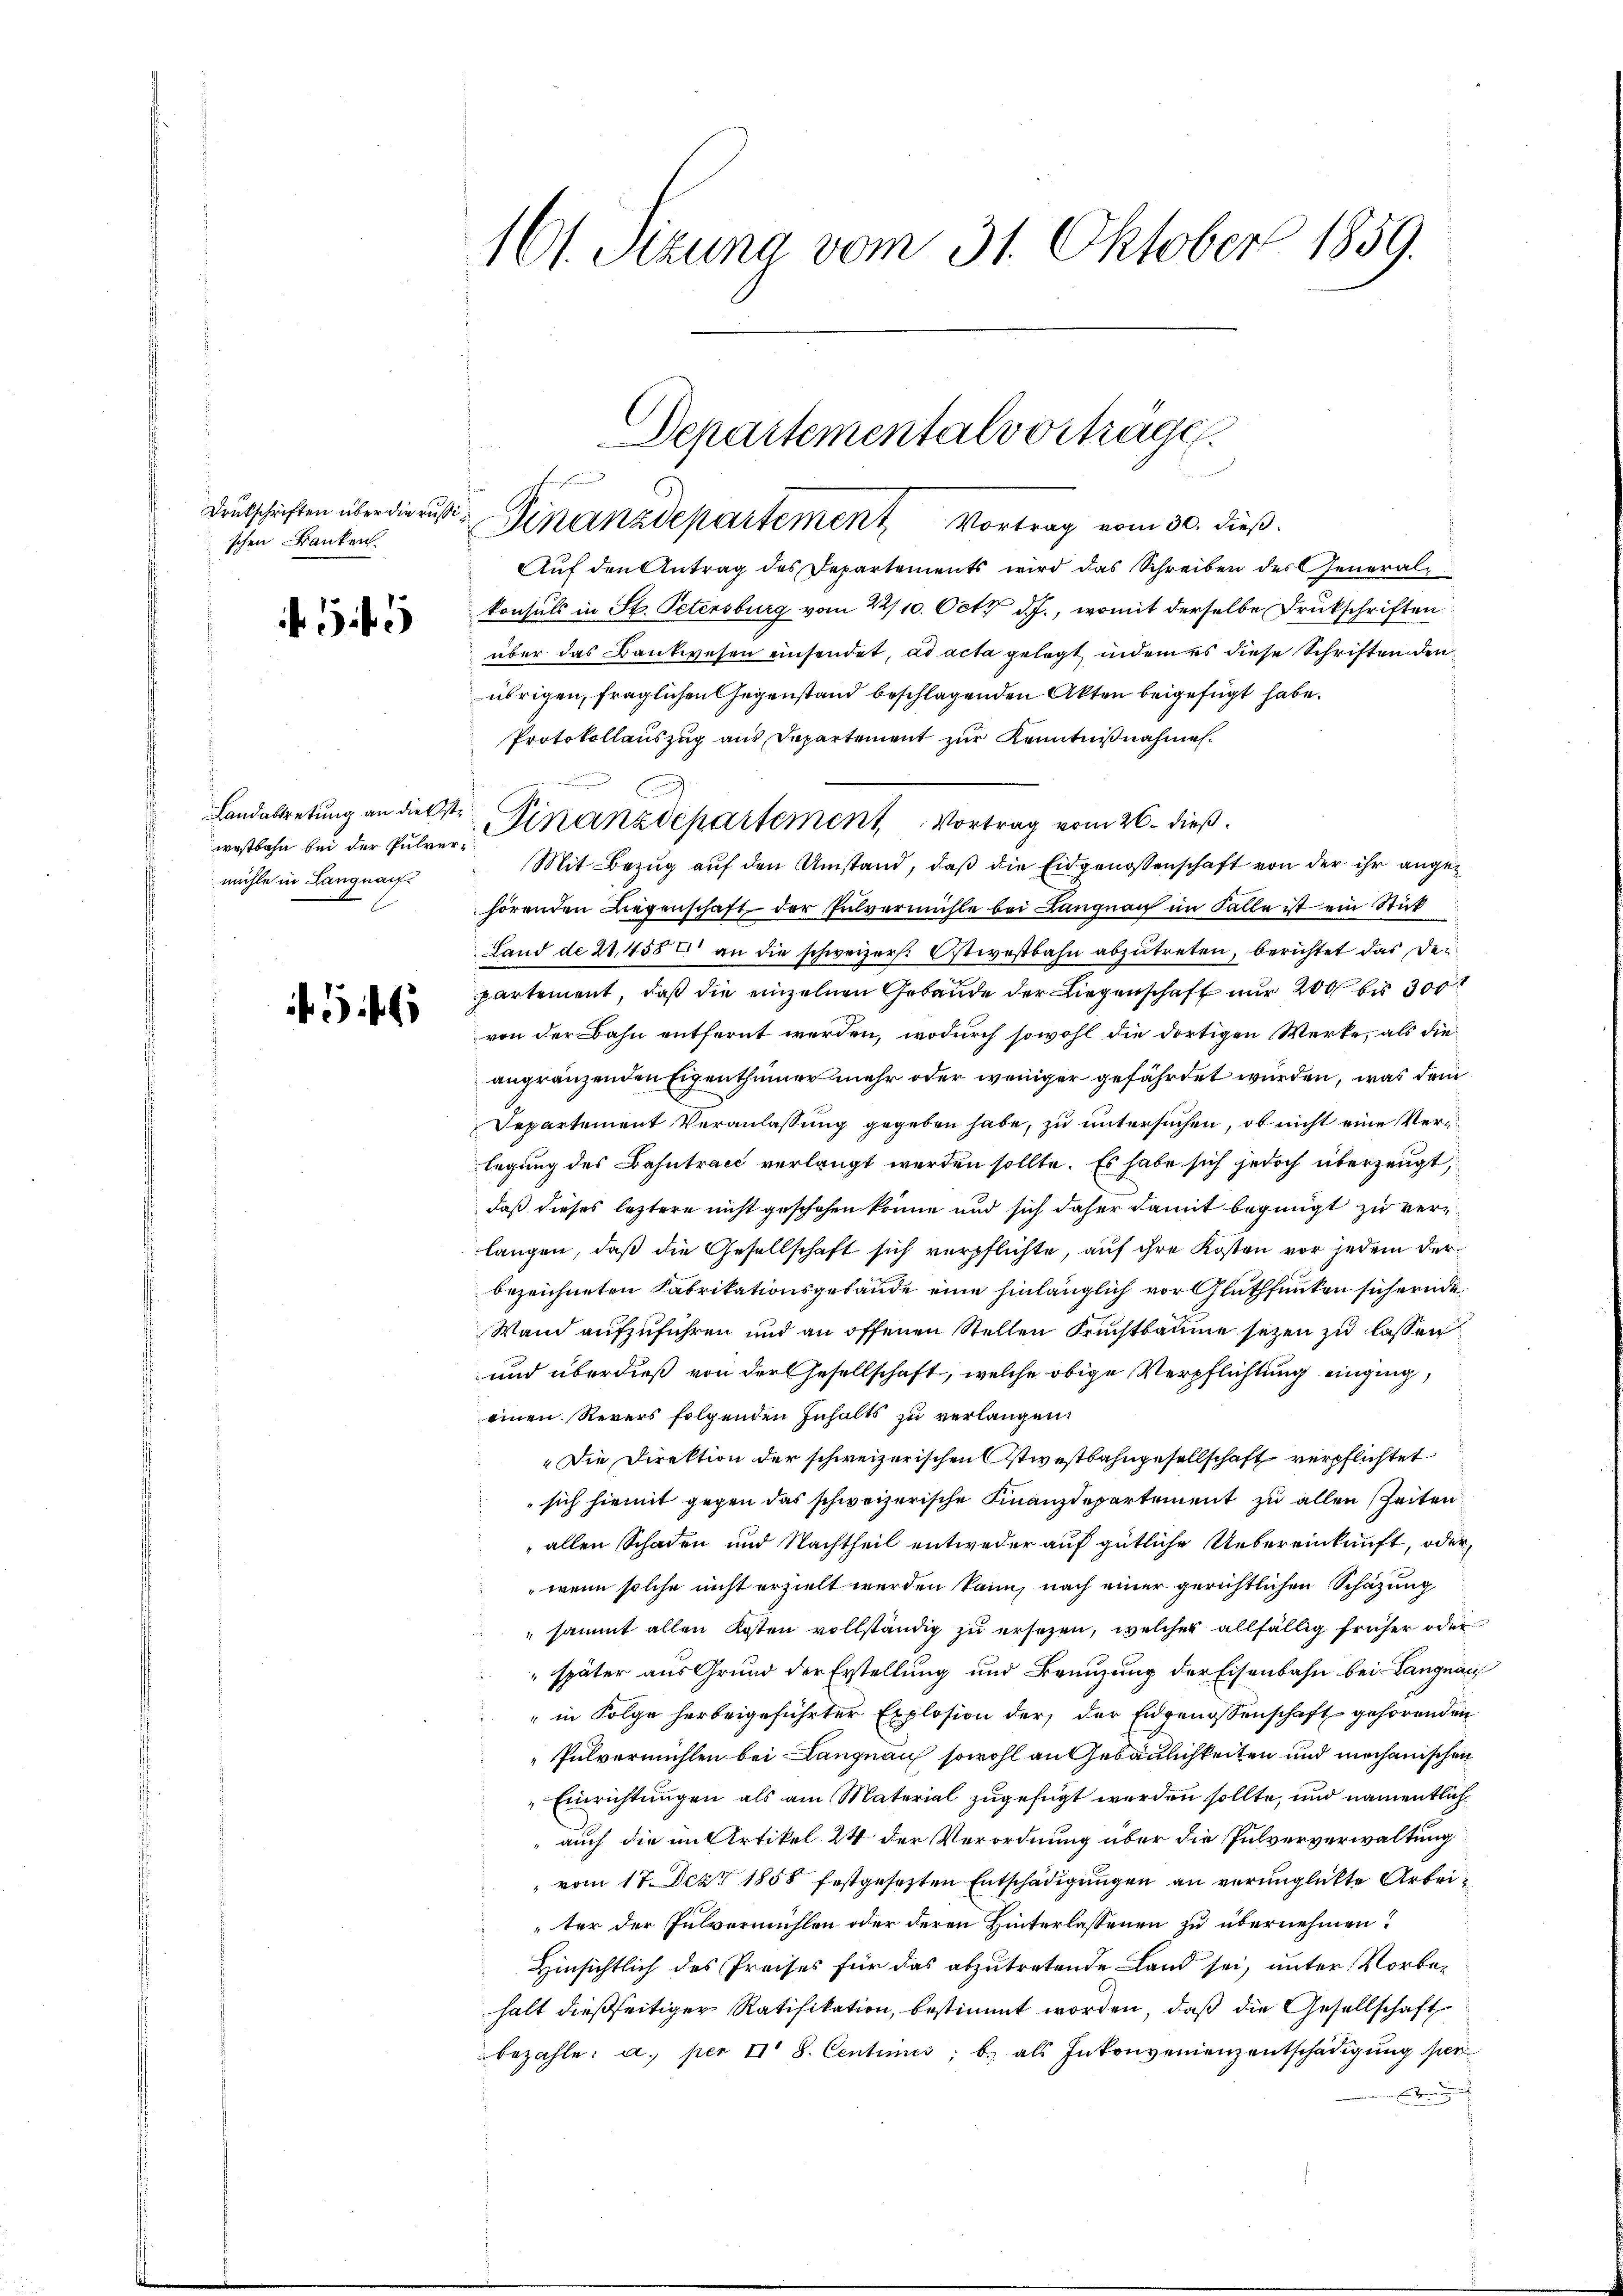
Drukschriften über die russischen Banken.

5

Landabtretung an die ste
westbahn bei der Pulvermühle in Langnau
E

4

161. Stzung vom 31. Oktober 1859.

Finanzdepartement Vortrag vom 30. dieß.
Aŭf den Antrag des Departements wird das Schreiben des General-
konsuls in St. Petersburg vom 22/10. Oct. d. J., womit derselbe Drukschriften
über das Bankwesen einsendet, ad acta gelegt, indem es diese Schriftendenübrigen, fraglichen Gegenstand beschlagenden Akten beigefügt habe.
Protokollauszug aus Departement zur Kenntnißnahmen.
Mit Bezug auf den Umstand, daß die Eidgenossenschaft von der ihr angehörenden Liegenschaft der Pulvermühle bei Langnau im Falle ist ein Stück
Land de 21,458 an die schweizer. Ostivestbahn abzutreten, berichtet das derpartement, daß die einzelnen Gebäude der Liegenschaft nur 200 bis 300
von der Bahn entfernt werden, wodurch sowohl die dortigen Werke, als die
angränzenden Eigenthümer mehr oder weniger gefährdet wurden, was dem
Departement Veranlassung gegeben habe, zu untersuchen, ob nicht eine Ver
legung des Bahntract verlangt werden sollte. Es habe sich jedoch überzeugt,
daß dieses letztere nicht geschehen könne und sich daher damit begnügt zu verlangen, daß die Gesellschaft sich verpflichte, auf ihre Kosten vor jedem der
bezeichneten Fabrikationsgebäude eine hinlänglich vor Gluthfunken sichernde
Wann aufzuführen und an offenen Stellen Fruchtbaume sezen zu lassen
und überdieß von der Gesellschaft, welche obige Verpflichtung einging,
einen Revers folgenden Inhalts zu verlangen.
Die Direktion der schweizerischen Ostwestbahngesellschaft verpflichtet
sich hiemit gegen das schweizerische Finanzdepartement zu allen Zeiten.
" allen Schaden und Nachtheil entweder auf gütliche Uebereinkunft, oder
wenn solche nicht erzielt werden kann, nach einer gerichtlichen Schazung
sammt allen Kosten vollständig zu ersezen, welches allfällig früher oder
"später aus Grund der Erstellung und Brenzung der Eisenbahn bei Langnau
" in Folge herbeigeführter Explosion der der Eidgenossenschaft gehörenden
Pulvermühlen bei Langnau sowohl an Gebäulichkeiten und mechanischen
"Einrichtungen als am Material zugefügt werden sollte, und namentlich
" auch die im Artikel 24 der Verordnung über die Pulververwaltung
vom 17. Der 1858 festgesezten Entschädigungen an verunglickte Arbeiter der Pulvermühlen oder deren Hinterlassenen zu übernehmen?
Hinsichtlich des Preises für das abzutretende Land sei, unter Vorbehalt dießseitiger Ratifikation, bestimmt worden, daß die Gesellschaft
bezahle, a. per II S. Centimes; b.) als Inkonvenienzentschädigung per
Einiger

Departementalvortrage.

Finanzdepartement Vortrag vom 26. dieß.